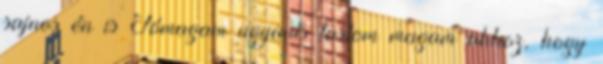
sajnos én is Jómagam ugyanis tartom magam ahhoz, hogy